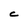
Character: C